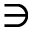
\ni